Rangoon Lunatic Asylum 1878-1892 - 1878-1892
Year: 1878
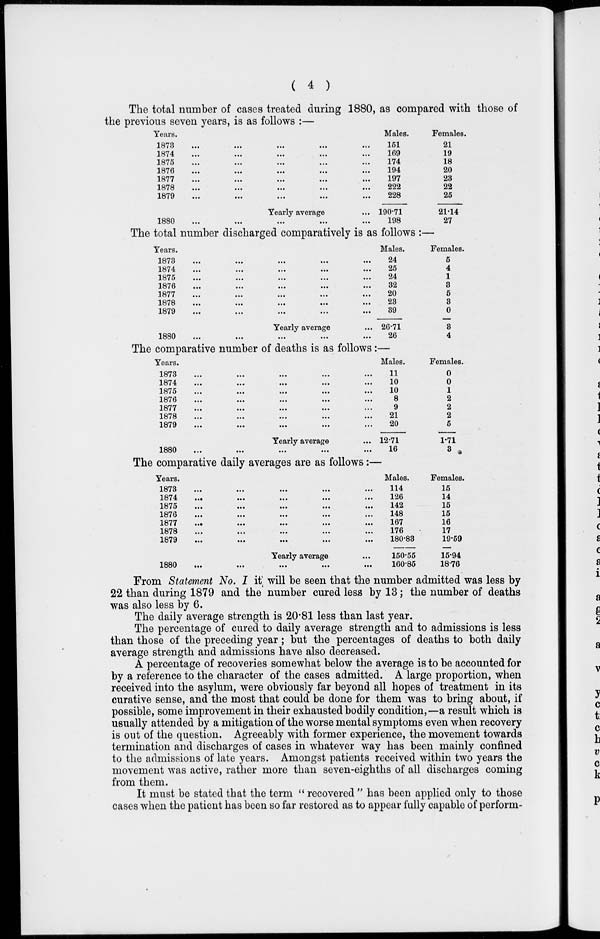
( 4 )
The total number of cases treated during 1880, as compared with those of
the previous seven years, is as follows :—
Years.
1873
...
...
...
...
...
1874 ... ... ... ... ...
1875 ... ... ... ... ...
1876
...
...
...
...
...
1877
...
...
...
...
...
1878
...
...
...
...
...
1879
...
...
...
...
...
Yearly average...
1880 ... ... ... ... ...
Males.
151
169
174
194
197
222
228
190.71
198
Females.
21
19
18
20
23
22
25
21.14
27
The total number discharged comparatively is as follows :—
Years.
1873
...
...
...
...
...
1874 ... ... ... ... ...
1875
...
...
...
...
...
1876
...
...
...
...
...
1877 ... ... ... ... ...
1878
...
...
...
...
...
1879
Yearly average
1880
...
...
...
...
...
Males.
24
25
24
32
20
23
39
26.71
26
Females.
5
4
1
3
5
3
0
3
4
The comparative number of deaths is as follows:—
Years.
1873
...
...
...
...
...
1874 ... ... ... ... ...
1875
...
...
...
...
...
1876
...
...
...
...
...
1877
...
...
...
...
...
1878
...
...
...
...
...
1879
...
...
...
...
...
Yearly average
1880
...
...
...
...
...
Males.
11
10
10
8
9
21
20
12.71
16
Females.
0
0
1
2
2
2
5
1.71
3
The comparative daily averages are as follows:—
Years.
1873 ... ... ... ... ...
1874
...
...
...
...
...
1875
...
...
...
...
...
1876
...
...
...
...
...
1877
...
...
...
...
...
1878
...
...
...
...
...
1879
...
...
...
...
...
Yearly average
1880
...
...
...
...
...
Males.
114
126
142
148
167
176
180.83
150.55
160.85
Females.
15
14
15
15
16
17
19.59
15.94
18.76
From Statement No. I it will be seen that the number admitted was less by
22 than during 1879 and the number cured less by 13; the number of deaths
was also less by 6.
The daily average strength is 20.81 less than last year.
The percentage of cured to daily average strength and to admissions is less
than those of the preceding year; but the percentages of deaths to both daily
average strength and admissions have also decreased.
A percentage of recoveries somewhat below the average is to be accounted for
by a reference to the character of the cases admitted. A large proportion, when
received into the asylum, were obviously far beyond all hopes of treatment in its
curative sense, and the most that could be done for them was to bring about, if
possible, some improvement in their exhausted bodily condition,—a result which is
usually attended by a mitigation of the worse mental symptoms even when recovery
is out of the question. Agreeably with former experience, the movement towards
termination and discharges of cases in whatever way has been mainly confined
to the admissions of late years. Amongst patients received within two years the
movement was active, rather more than seven-eighths of all discharges coming
from them.
It must be stated that the term " recovered " has been applied only to those
cases when the patient has been so far restored as to appear fully capable of perform-